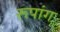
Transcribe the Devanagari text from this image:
रूपांग